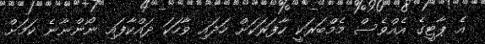
އެ ޕާޓީގެ އެއްވެސް މެމްބަރަކީ ކާފަރަކަށް ހަދައި ވާހަކަ ދައްކާފައި ނޯންނާނެ ކަމަށް